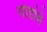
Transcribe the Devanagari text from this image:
गोडांबे